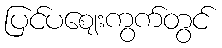
ပြင်ပဈေးကွက်တွင်